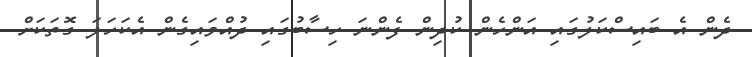
ދެން އެ ބައިސްކަލުގައި އަންހެން ކުދިން ފެންނަ ހިސާބުގައި ދުއްވައިގެން އެކަހަލަ ގޮތަކަށް